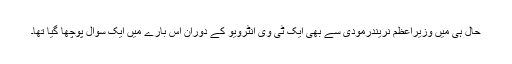
حال ہی میں وزیراعظم نریندرمودی سے بھی ایک ٹی وی انٹرویو کے دوران اس بارے میں ایک سوال پوچھا گیا تھا۔